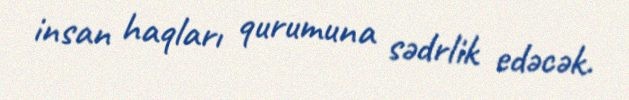
insan haqları qurumuna sədrlik edəcək.